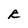
Character: R